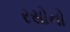
રસોનો